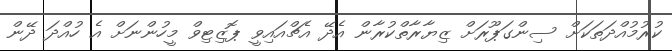
ކުރުމުއްދަތަކަށް ސިންގަޕޫރަށް ޒިޔާރާތްކުރާން އެދޭ އެޗްއައިވީ ޕޮޒިޓިވް މީހުންނަށް އެ ހުއްދަ ދޭން